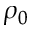
\rho _ { 0 }